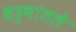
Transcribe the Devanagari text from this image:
धर्मांतले